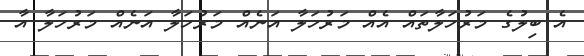
އެ ބިލުގެ މަރުހަލާތައް އެއް މަރުހަލާ އަނެއް މަރުހަލާ އަނެއް މަރުހަލާ އާ